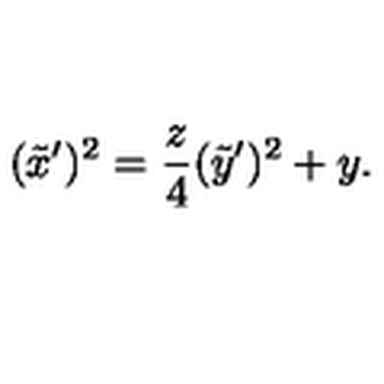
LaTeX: ( \tilde { x } ^ { \prime } ) ^ { 2 } = \frac { z } { 4 } ( \tilde { y } ^ { \prime } ) ^ { 2 } + y .